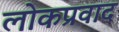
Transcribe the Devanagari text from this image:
लोकप्रवाद